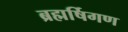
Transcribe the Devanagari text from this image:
ब्रह्मर्षिगण